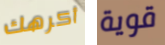
أكرهك قوية